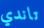
تاندي